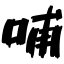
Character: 哺